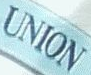
UNION